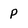
Character: P